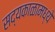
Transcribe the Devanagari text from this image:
सद्यकाळामध्ये